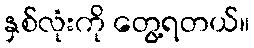
နှစ်လုံးကို တွေ့ရတယ်။